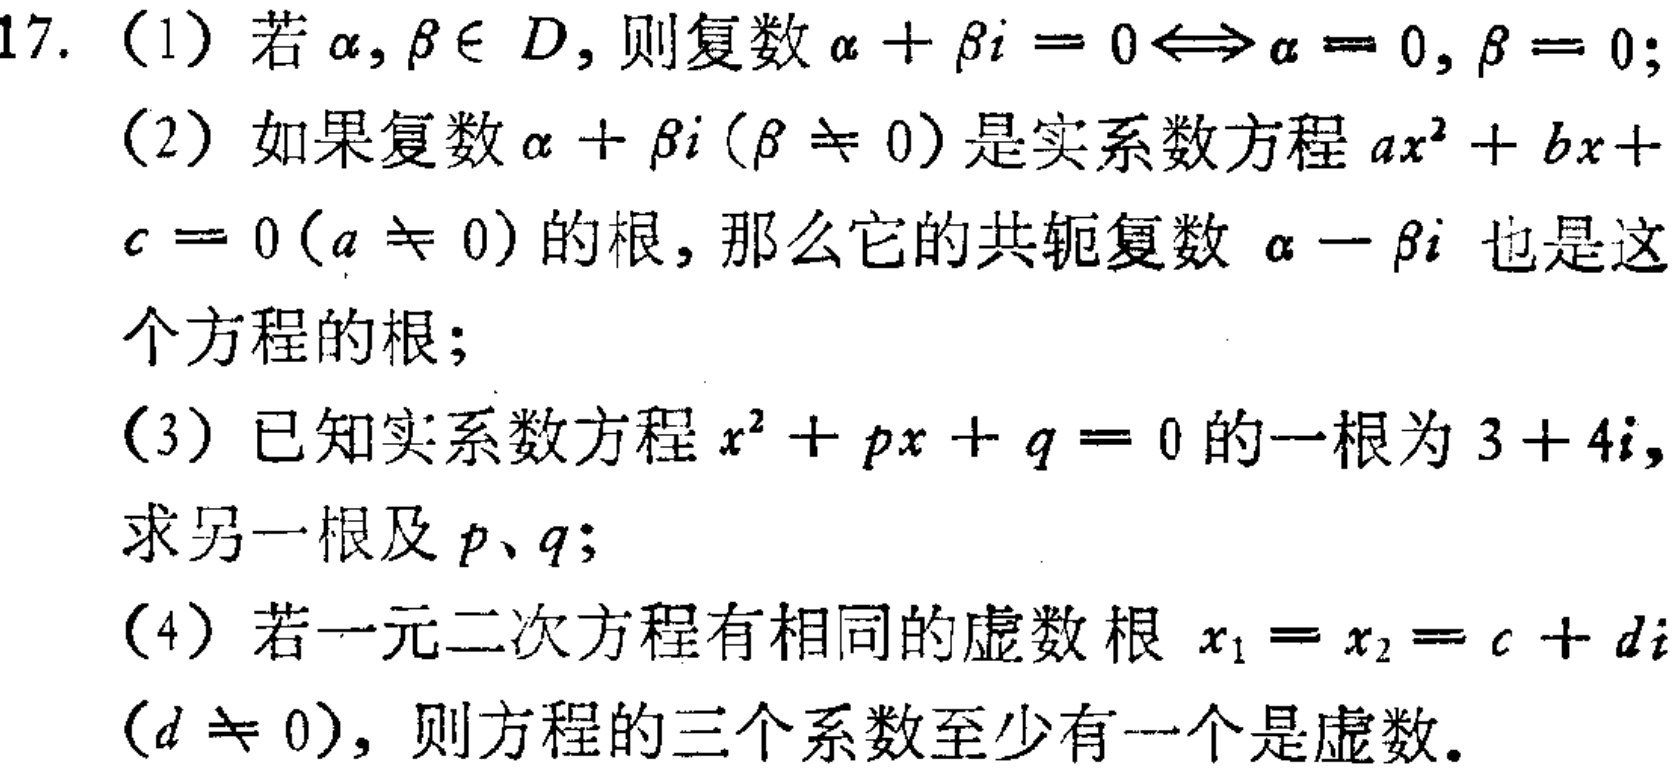
17. （1）若\(\alpha,\beta\in D\)，则复数\(\alpha + \beta i = 0\Leftrightarrow\alpha = 0,\beta = 0\)；
（2）如果复数\(\alpha+\beta i(\beta\neq0)\)是实系数方程\(ax^{2}+bx + c = 0(a\neq0)\)的根，那么它的共轭复数\(\alpha-\beta i\)也是这个方程的根；
（3）已知实系数方程\(x^{2}+px + q = 0\)的一根为\(3 + 4i\)，求另一根及\(p\)、\(q\)；
（4）若一元二次方程有相同的虚数根\(x_{1}=x_{2}=c + di(d\neq0)\)，则方程的三个系数至少有一个是虚数。